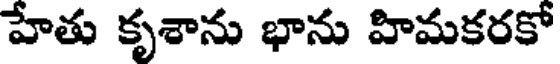
హేతు కృశాను భాను హిమకరకో